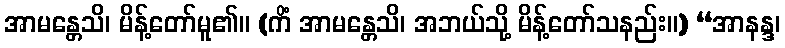
အာမန္တေသိ၊ မိန့်တော်မူ၏။ (ကိံ အာမန္တေသိ၊ အဘယ်သို့ မိန့်တော်သနည်း။) “အာနန္ဒ၊